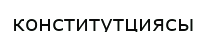
конститутциясы